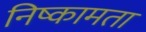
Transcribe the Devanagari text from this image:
निष्कामता